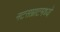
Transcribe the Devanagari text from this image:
नटसम्राटमध्ये